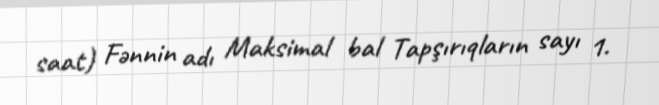
saat) Fənnin adı Maksimal bal Tapşırıqların sayı 1.